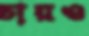
চায়ও